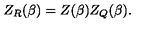
Z _ { R } ( \beta ) = Z ( \beta ) Z _ { Q } ( \beta ) .